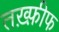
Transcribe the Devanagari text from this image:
तख़्फ़ीफ